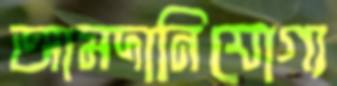
আমদানিযোগ্য